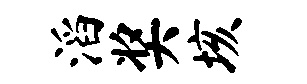
滔奖垓